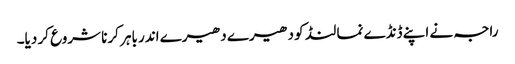
راجہ نے اپنے ڈنڈے نما لنڈ کو دھیرے دھیرے اندر باہر کرنا شروع کر دیا۔